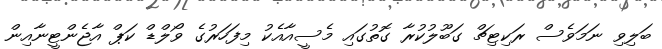
ބަލިވި ނަމަވެސް ރަކިޓިޗް ގަބޫލުކުރާ ގޮތުގައި މެސީއާއެކު މިފަހަރުގެ ވޯލްޑް ކަޕް އާޖެންޓީނާއިން